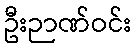
ဦးဉာဏ်ဝင်း